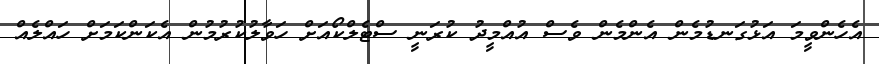
އެހެންވީމަ އަޅުގަނޑުމެން އެންމެން ވެސް އުއްމީދު ކުރަނީ ސްޓެލްކޯއަށް ހަވާލުކުރުމުން އެކަންކަމަށް ހައްލެއް